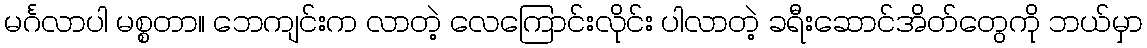
မင်္ဂလာပါ မစ္စတာ။ ဘေကျင်းက လာတဲ့ လေကြောင်းလိုင်း ပါလာတဲ့ ခရီးဆောင်အိတ်တွေကို ဘယ်မှာ